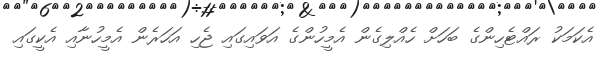
އެކަމަކު ރައްޓެހިންގެ ބަހަށް ހެއްލިގެން އެމީހުންގެ އަވައިގައި ޖެހި އަހަރެން އެމީހުނާއި އެކީގައި